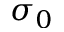
\sigma _ { 0 }